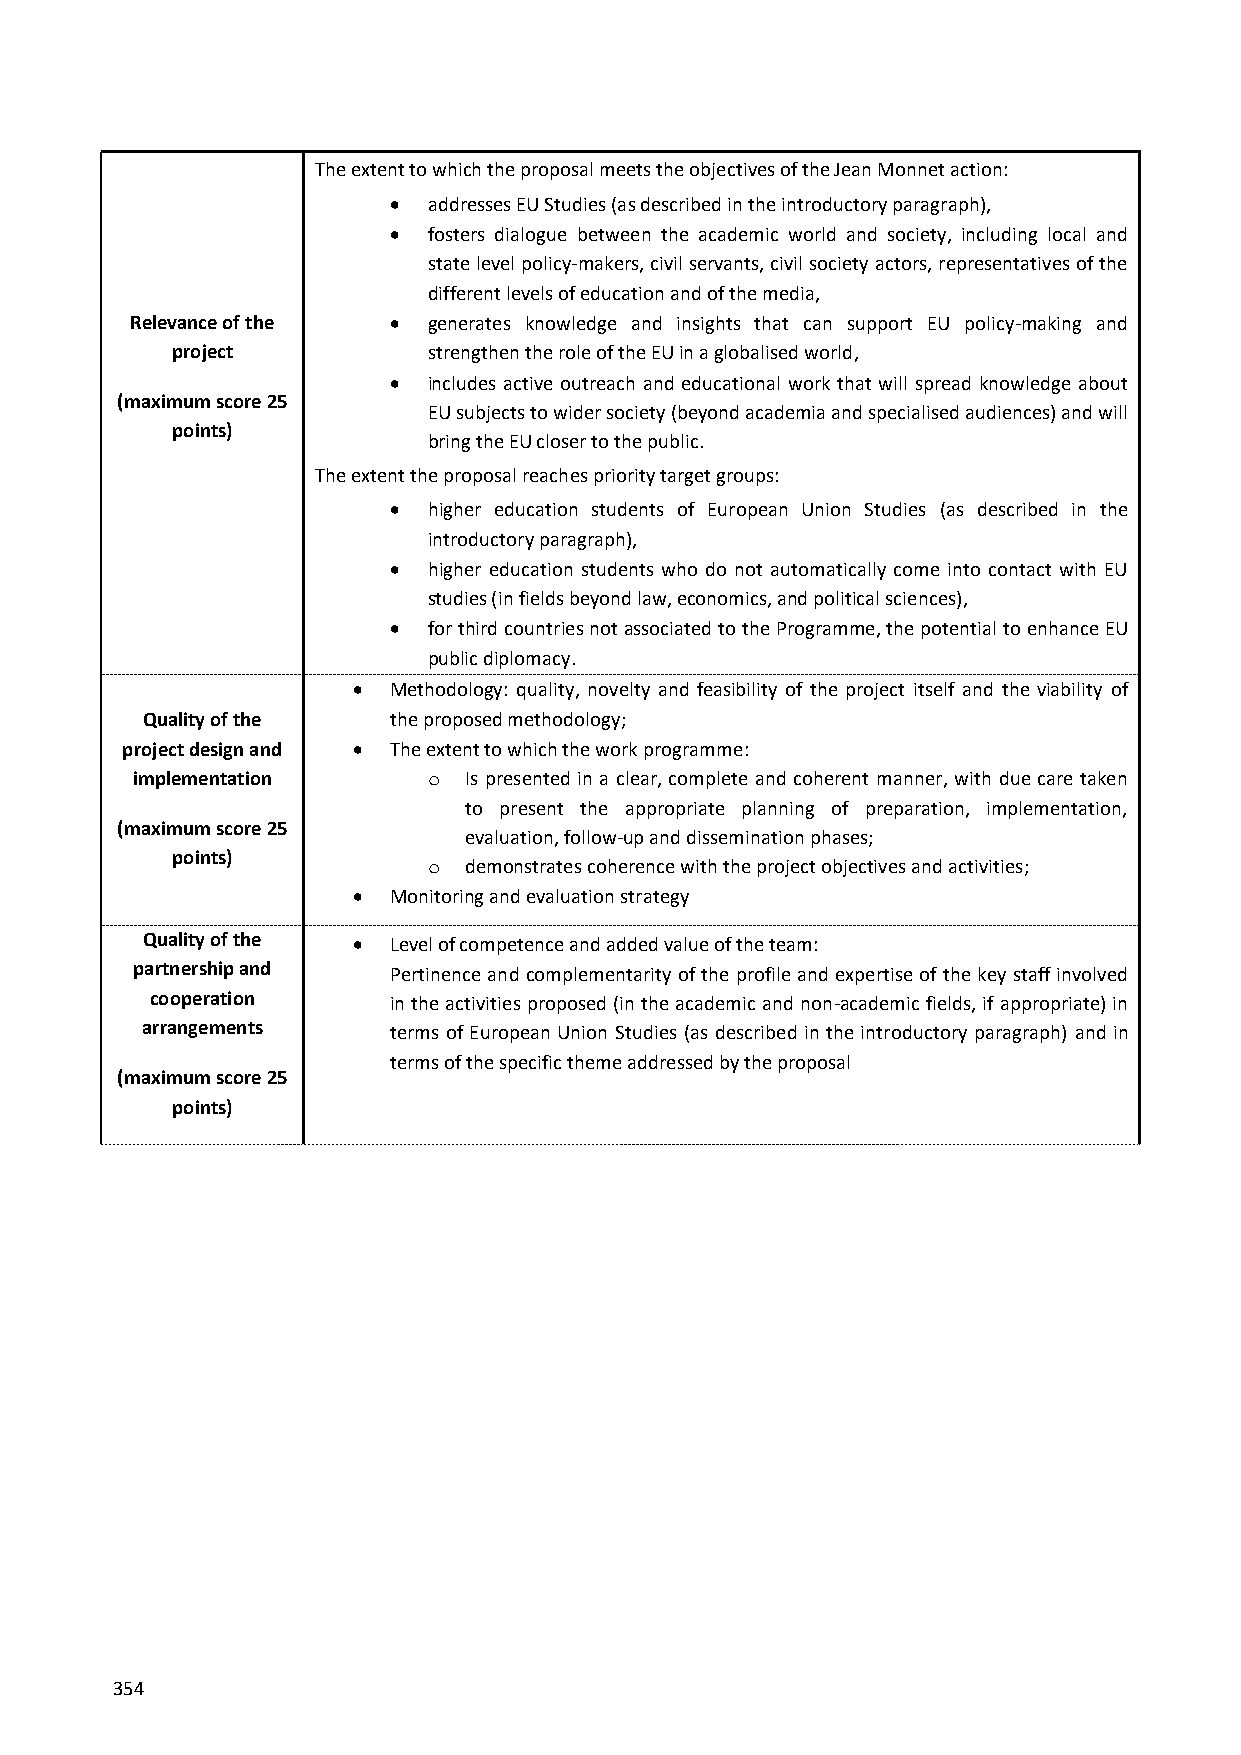
The extent to which the proposal meets the objectives of the Jean Monnet action:
  addresses EU Studies (as described in the introductory paragraph),
  fosters dialogue between the academic world and society, including local and
 state level policy-makers, civil servants, civil society actors, representatives of the
 different levels of education and of the media,
 Relevance of the  generates knowledge and insights that can support EU policy-making and
 project          strengthen the role of the EU in a globalised world,
  includes active outreach and educational work that will spread knowledge about
 (maximum score 25
 EU subjects to wider society (beyond academia and specialised audiences) and will
 points)
 bring the EU closer to the public.
 The extent the proposal reaches priority target groups:
  higher education students of European Union Studies (as described in the
 introductory paragraph),
  higher education students who do not automatically come into contact with EU
 studies (in fields beyond law, economics, and political sciences),
  for third countries not associated to the Programme, the potential to enhance EU
 public diplomacy.
   Methodology: quality, novelty and feasibility of the project itself and the viability of
 Quality of the   the proposed methodology;
 project design and  The extent to which the work programme:
 implementation     o  Is presented in a clear, complete and coherent manner, with due care taken
 to present the appropriate planning of preparation, implementation,
 (maximum score 25
 evaluation, follow-up and dissemination phases;
 points)
 o  demonstrates coherence with the project objectives and activities;
   Monitoring and evaluation strategy
 Quality of the  Level of competence and added value of the team:
 partnership and  Pertinence and complementarity of the profile and expertise of the key staff involved
 cooperation     in the activities proposed (in the academic and non-academic fields, if appropriate) in
 arrangements     terms of European Union Studies (as described in the introductory paragraph) and in
 terms of the specific theme addressed by the proposal
 (maximum score 25
 points)
 354